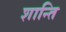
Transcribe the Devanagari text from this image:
शान्‍ति